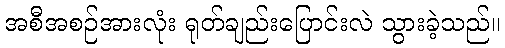
အစီအစဉ်အားလုံး ရုတ်ချည်းပြောင်းလဲ သွားခဲ့သည်။